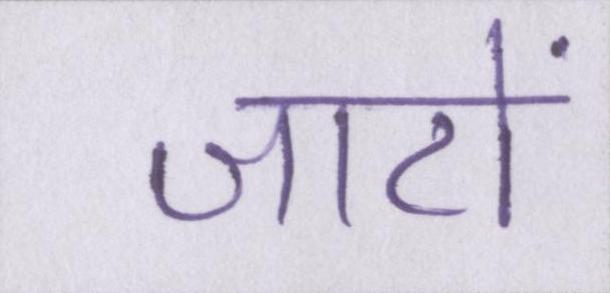
जाटों